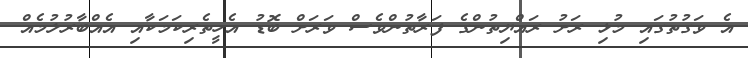
އެ ވަގުތުގައި މުޅި ރަށު ރައްޔިތުންގެ ފަރާތުންވެސް ވަރަށް ބޮޑު އެހީތެރިކަމަކާއި އެއްބާރުލުމެއް